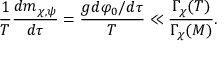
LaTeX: \frac { 1 } { T } \frac { d m _ { \chi , \psi } } { d \tau } = \frac { g d \varphi _ { 0 } / d \tau } { T } \ll \frac { \Gamma _ { \chi } ( T ) } { \Gamma _ { \chi } ( M ) } .